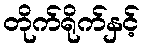
တိုက်ရိုက်နှင့်